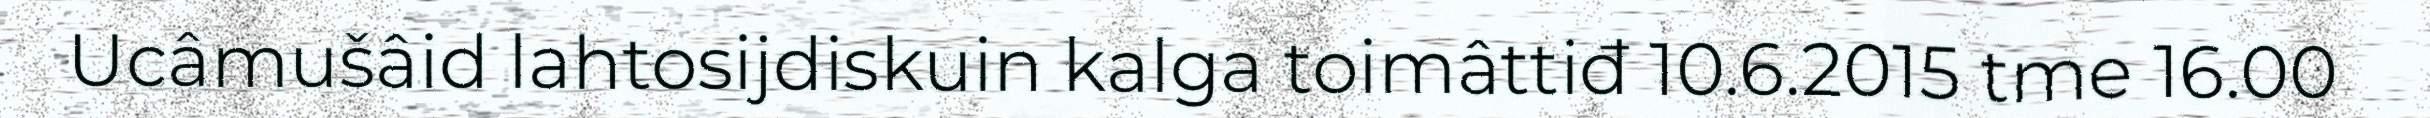
Ucâmušâid lahtosijdiskuin kalga toimâttiđ 10.6.2015 tme 16.00